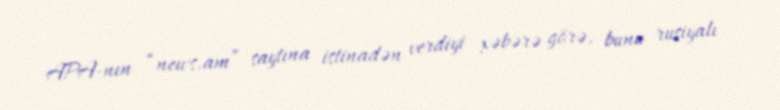
APA-nın “news.am” saytına istinadən verdiyi xəbərə görə, bunu rusiyalı